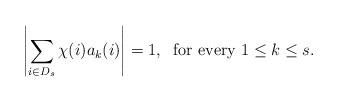
LaTeX: \begin{align*}\left| \sum_{i\in D_s} \chi(i)a_k(i) \right| =1 , \; \mbox{ for every } 1\leq k\leq s.\end{align*}